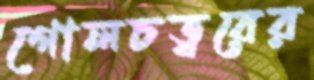
গোলচত্বরের